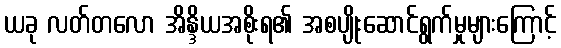
ယခု လတ်တလော အိန္ဒိယအစိုးရ၏ အစပျိုးဆောင်ရွက်မှုများကြောင့်